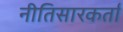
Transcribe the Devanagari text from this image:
नीतिसारकर्ता